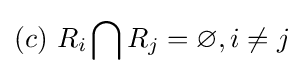
(c){\text{ }}R_{i}\bigcap R_{j}=\varnothing ,i\neq j